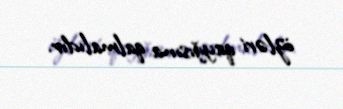
özləri qayğısına qalmalıdır.